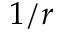
1 / r